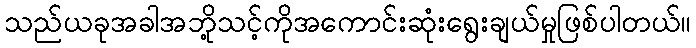
သည်ယခုအခါအဘို့သင့်ကိုအကောင်းဆုံးရွေးချယ်မှုဖြစ်ပါတယ်။